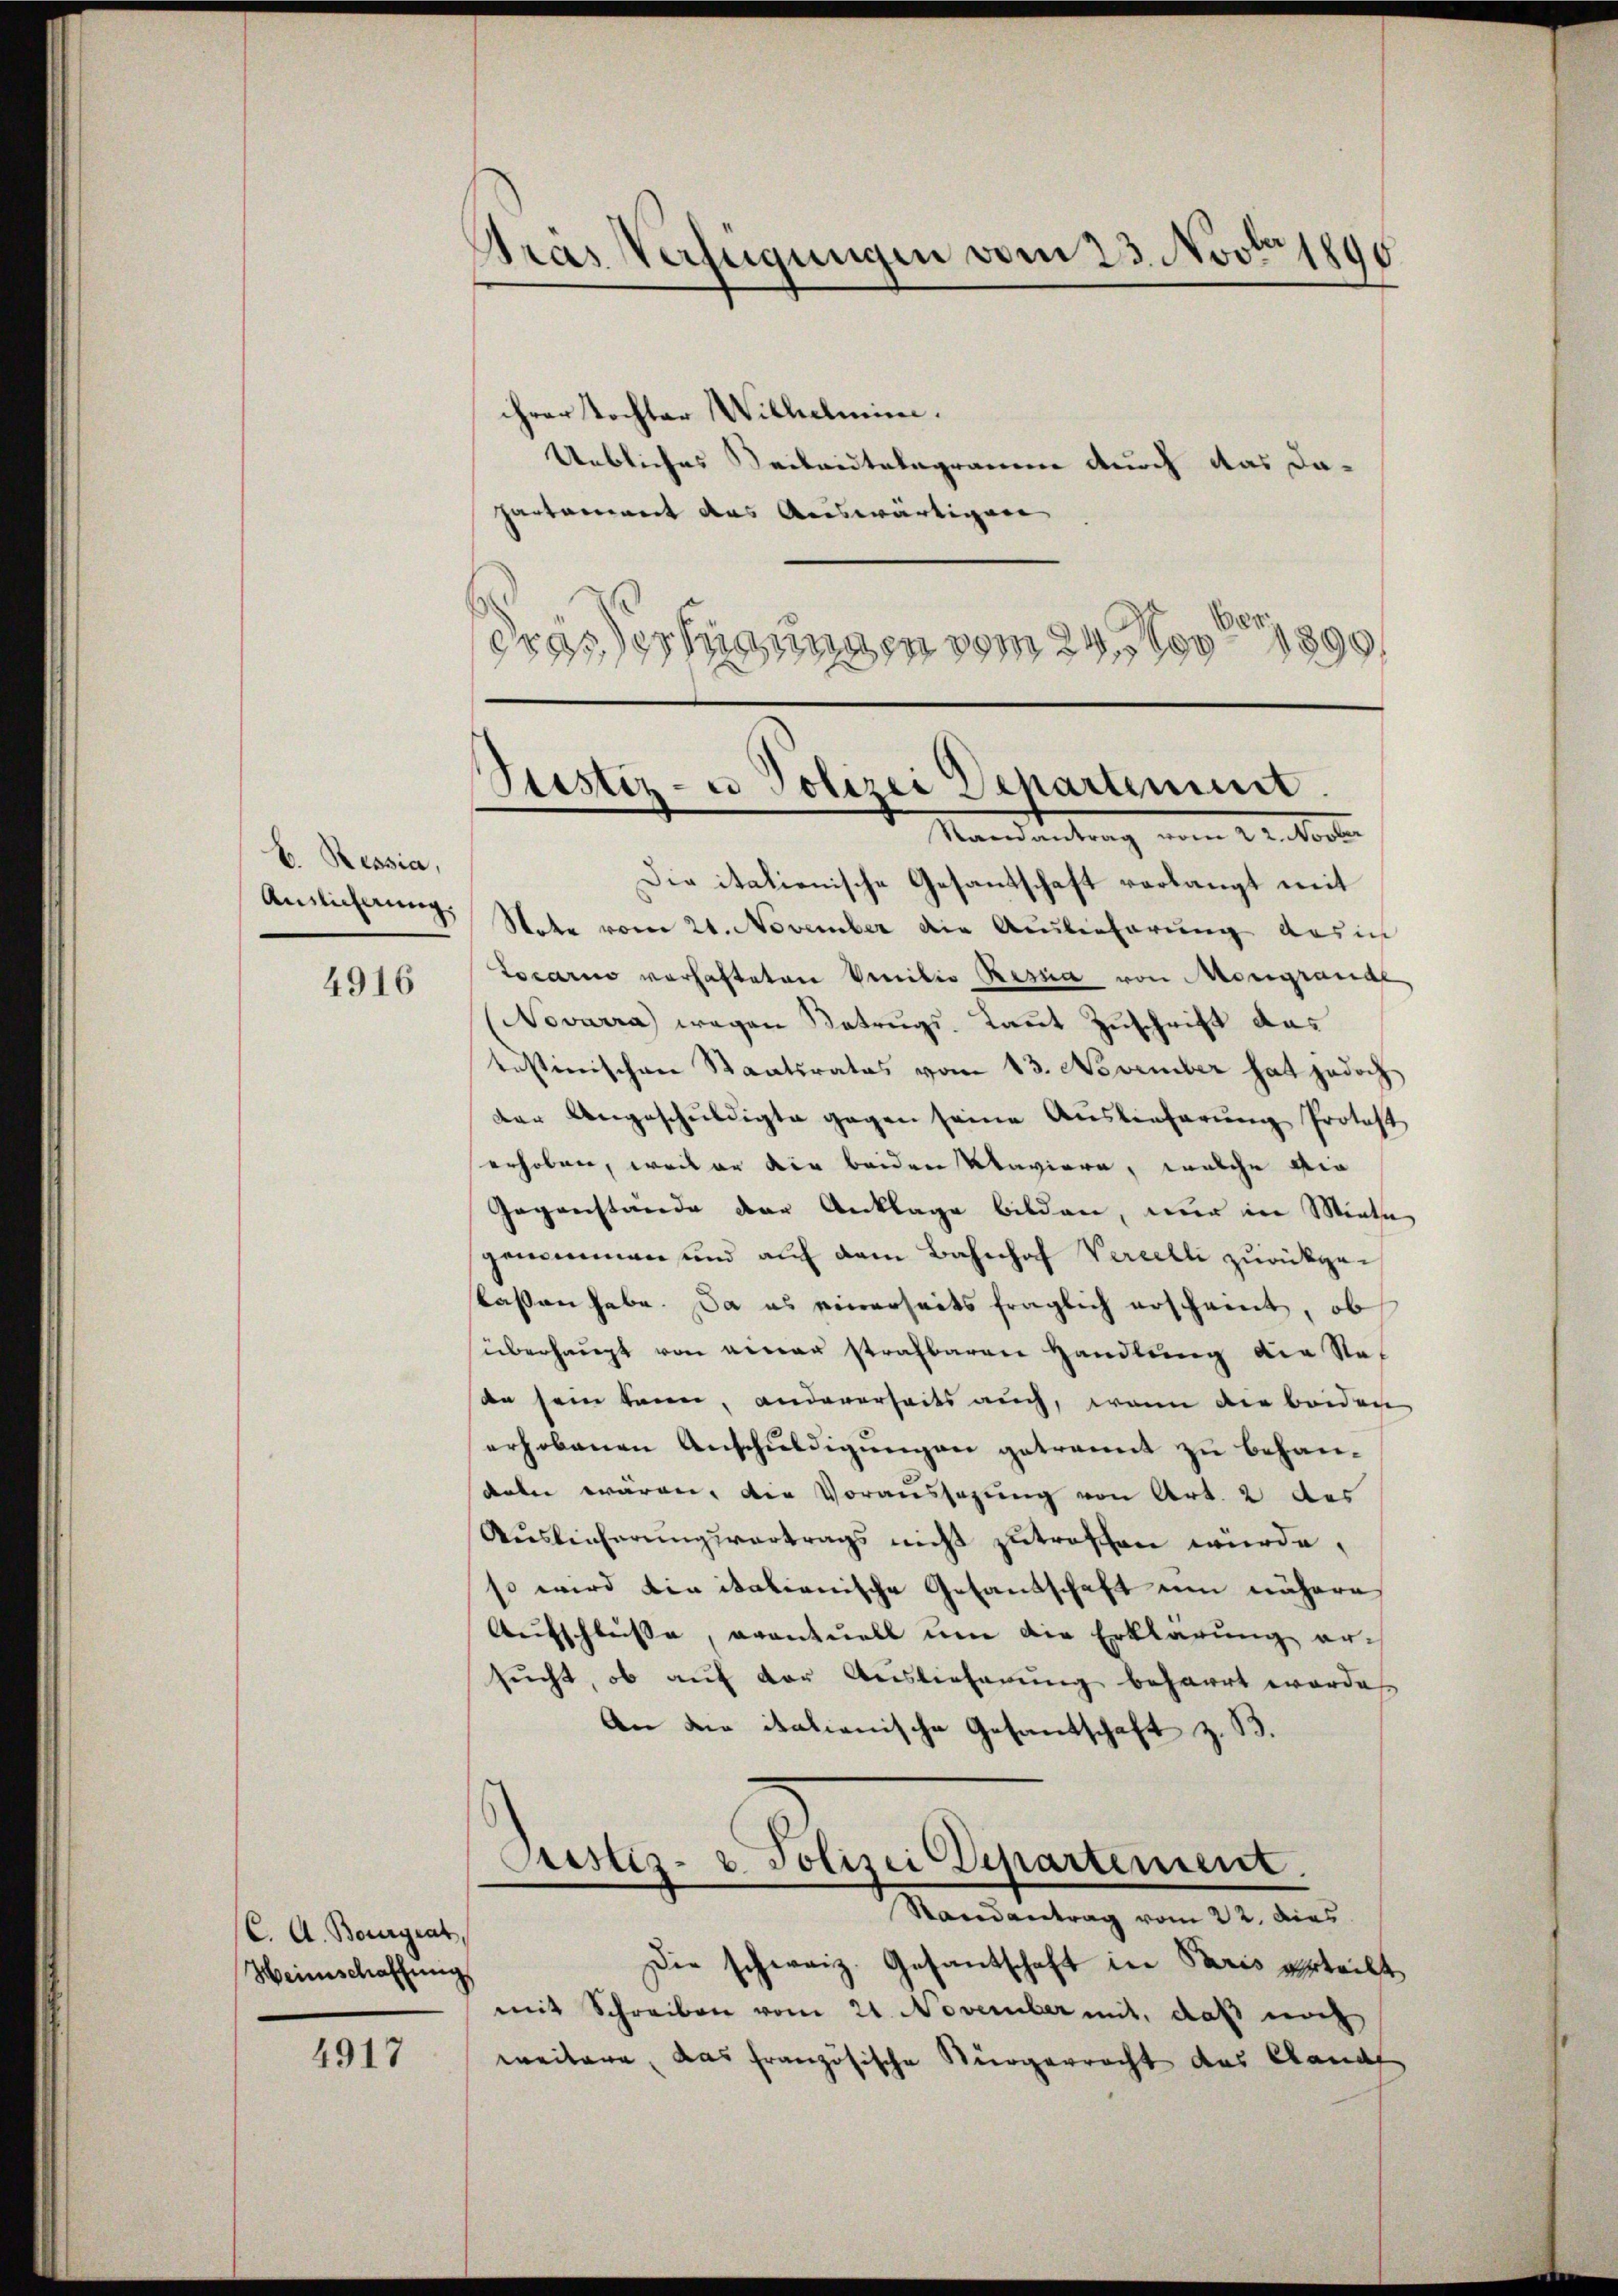
b. Ressia,
Anslicherung.
4916

(C. A. Bourgrat
Heimschaffung

4917

Pras Verfügungen vom 23. Novto 1890

ihrer Tochter Wilhelmini.
Uebliches Seileidtelegramm durch das dapartamiert das Auswärtigen
Grössertigungen vom 24. Nov 1890

Ptistiz- u Polizei Departement.
Randantrag vom 22. Novber

Die italienische Gesandtschaft verlangt mit
Note vom 21. November die Auslieferung das in
Locario verhafteten Vilio Resia von Mongrande
Novarra) wegen Betrugs- Laut Zuschrift das
tustinischen Staatsrates vom 13. November hat jedoch
der Angeschuldigte gegen seine Auslieferung Protest
erhoben, weil er die beiden Klaviere, welche die
Gegenstände der Anklage bilden, nur in Miete
genommen und auf dem Bahnhof Vercelle zurückgeskassen habe. Da es einerseits fraglich erscheint, ob
überhaupt von einer strafbaren Handlung die Stat
de sein kann, andererheits auch, wenn die beiden
erhobenen Anschuldigungen getrannt zu behandabei waren, die Voraussagung von Art. 2 des
Auslieferungsvertrags nicht zutroffen würde,
so wird die italienische Gesandschaft um nähere
Aufschlusse, avantuell um die Erklärung ersucht, ob auf der Auslieferung beharrt worden
An die italienische Gesandschaft z. B.
Pustiz- & Polizei Departement.
Randantrag vom 22. dies
Die schweiz. Gesandtschaft in Paris erteilt,
mit Schreiben vom 21. November mit, daß noch
weitere, das französische Bürgerrecht des Kandl